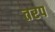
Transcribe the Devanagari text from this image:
तरप